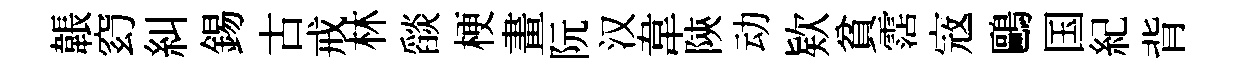
韔𥥆糾錫古戒林𦦨梗畫阮汉韋陝动欵貧霑𡨥鷗国紀背